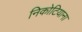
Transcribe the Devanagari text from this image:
निकोटियाना